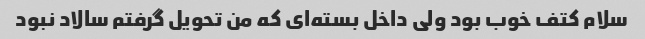
سلام کتف خوب بود ولی داخل بسته‌ای که من تحویل گرفتم سالاد نبود